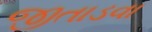
જીતાડવા